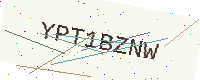
Text: YPT1BZNW